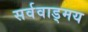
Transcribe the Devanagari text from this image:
सर्ववाड्मय